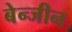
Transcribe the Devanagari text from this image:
बेन्जीन